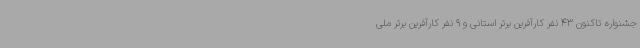
جشنواره تاکنون 43 نفر کارآفرین برتر استانی و 9 نفر کارآفرین برتر ملی